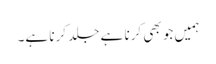
ہمیں جو بھی کرنا ہے جلد کرنا ہے۔